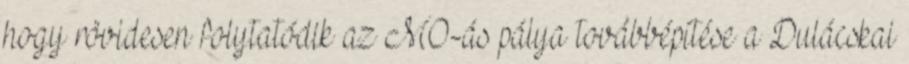
hogy rövidesen folytatódik az M0-ás pálya továbbépítése a Dulácskai